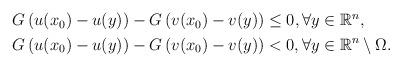
LaTeX: \begin{align*}\begin{aligned}G\left(u(x_0)-u(y)\right)- G\left(v(x_0)-v(y)\right)&\leq0 ,\forall y\in\mathbb{R}^n,\\G\left(u(x_0)-u(y)\right)- G\left(v(x_0)-v(y)\right)&<0 ,\forall y\in\mathbb{R}^n\setminus\Omega.\end{aligned}\end{align*}